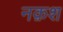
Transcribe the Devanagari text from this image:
नक़श